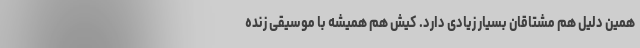
همین دلیل هم مشتاقان بسیار زیادی دارد. کیش هم همیشه با موسیقی زنده